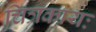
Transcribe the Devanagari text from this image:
चित्रकायः